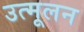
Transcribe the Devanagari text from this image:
उत्मूलन